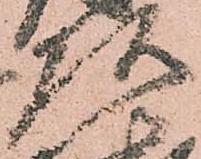
頭